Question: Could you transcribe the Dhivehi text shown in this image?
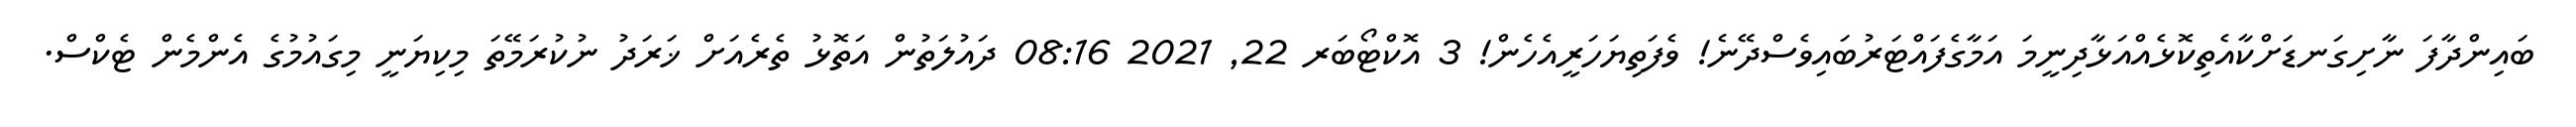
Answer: ބައިންދާފަ ނާށިގަނޑަށްކާއެތިކޮޅެއްއަޅާދިނީމަ އަމާގެފައްޓަރުބައިވެސްދޭނެ! ވެފަތިޔަހަރީއެހެން! 3 އޮކްޓޯބަރ 22, 2021 08:16 ދައުލަތުން އަތޮޅު ތެރެއަށް ޚަރަދު ނުކުރަމޭތަ މިކިޔަނީ މިގައުމުގެ އެންމެން ޓެކްސް.